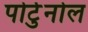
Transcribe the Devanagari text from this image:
पोर्टुनोल